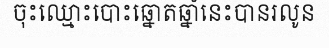
ចុះឈ្មោះបោះឆ្នោតឆ្នាំនេះបានរលូន